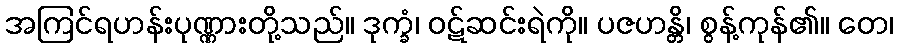
အကြင်ရဟန်းပုဏ္ဏားတို့သည်။ ဒုက္ခံ၊ ဝဋ်ဆင်းရဲကို။ ပဇဟန္တိ၊ စွန့်ကုန်၏။ တေ၊